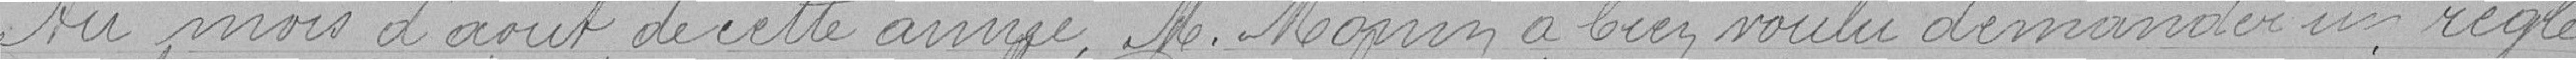
Au mois d'août de cette année, Monsieur MONIN a bien voulu demander un régle-